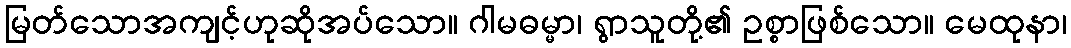
မြတ်သောအကျင့်ဟုဆိုအပ်သော။ ဂါမဓမ္မာ၊ ရွာသူတို့၏ ဥစ္စာဖြစ်သော။ မေထုနာ၊